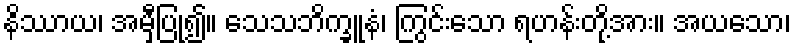
နိဿာယ၊ အမှီပြု၍။ သေသဘိက္ခူနံ၊ ကြွင်းသော ရဟန်းတို့အား။ အယသော၊